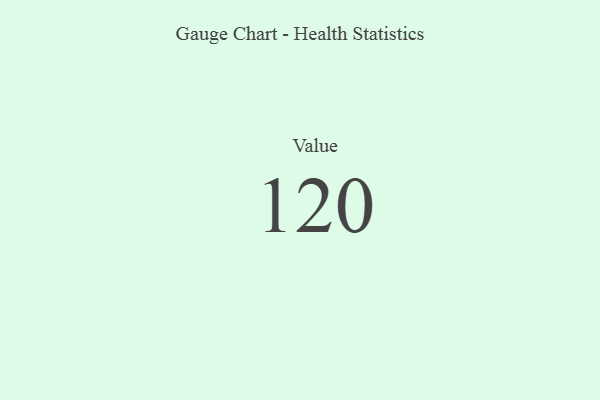
{"axis": {"x": "Metric", "y": "Value"}, "legend": [""], "data": [{"x": "Value", "y": 120, "type": ""}]}